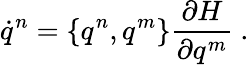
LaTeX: \dot{q}^{n}=\{ q^{n},q^{m}\} \frac{\partial H}{\partial q^{m}}\ .